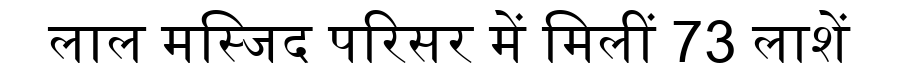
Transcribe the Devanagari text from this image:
लाल मस्जिद परिसर में मिलीं 73 लाशें